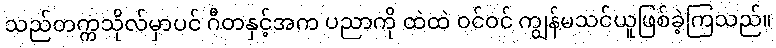
သည်တက္ကသိုလ်မှာပင် ဂီတနှင့်အက ပညာကို ထဲထဲ ဝင်ဝင် ကျွန်မသင်ယူဖြစ်ခဲ့ကြသည်။